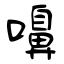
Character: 嚊